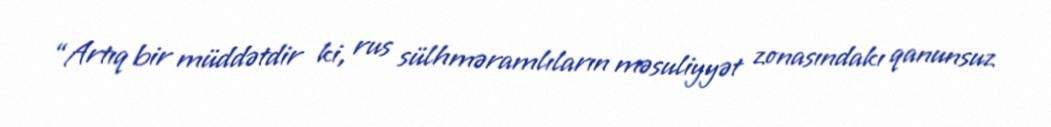
“Artıq bir müddətdir ki, rus sülhməramlıların məsuliyyət zonasındakı qanunsuz